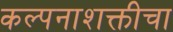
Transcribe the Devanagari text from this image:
कल्पनाशक्तीचा